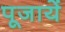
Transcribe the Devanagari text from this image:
पूजायें